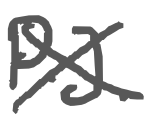
Text: P.J.
Cross-out: mix
Writing tool: digital_gray